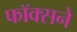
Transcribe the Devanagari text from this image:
फॉक्सने